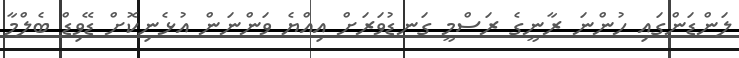
ލަންޑަންގައި ހުންނަ ރާނީގެ ރަސްމީ ގަނޑުވަރަށް އިއްޔެ ވަންނަން އުޅެނިކޮށް ޑޭވިޑް ބެލްމާ